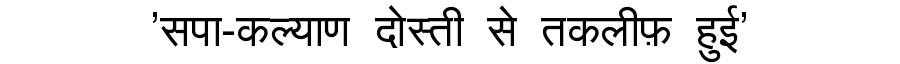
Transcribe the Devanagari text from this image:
'सपा-कल्याण दोस्ती से तकलीफ़ हुई'